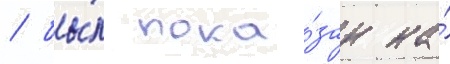
/ бы́л пока́зан на́